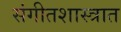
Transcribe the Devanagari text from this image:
संगीतशास्त्रात